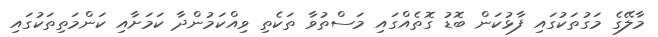
މާލޭގެ މަގުތަކުގައި ފާޅުކަން ބޮޑު ގޮތެއްގައި މަސްތުވާ ތަކެތި ވިއްކަމުންދާ ކަމަށާއި ކަންމަތިތަކުގައި